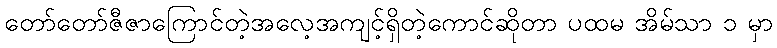
တော်တော်ဇီဇာကြောင်တဲ့အလေ့အကျင့်ရှိတဲ့ကောင်ဆိုတာ ပထမ အိမ်သာ ၁ မှာ